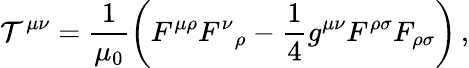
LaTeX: \mathcal{T}^{\mu\nu}=\frac{{1}}{{\mu_{0}}}\left(F^{\mu\rho}{F^{\nu}}_{\rho}-\frac{{1}}{{4}}g^{\mu\nu}F^{\rho\sigma}F_{\rho\sigma}\right)\, ,